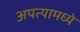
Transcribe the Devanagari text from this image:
अपत्यामध्ये